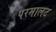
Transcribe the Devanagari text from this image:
परमालट